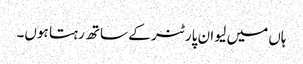
ہاں میں لیو ان پارٹنر کے ساتھ رہتا ہوں۔